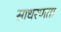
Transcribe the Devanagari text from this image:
साधरणता